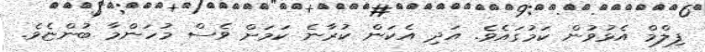
ފިލްމް އެޅުވުން ކަމުގައެވެ. އަދި އެކަން ކުރާނެ ކަމަށް ވެސް މުހަންމާ ބުންޏެވެ.